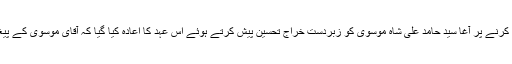
قرارداد میں 15 تا 25 شوال عشرہِ صادقِ آلِ محمد ؑ منانے کا اعلان کرنے پر آغا سید حامد علی شاہ موسوی کو زبردست خراجِ تحسین پیش کرتے ہوئے اس عہد کا اعادہ کیا گیا کہ آقای موسوی کے پیغام امن و اخوت کو عام کرنے کیلئے عملی جدوجہد جاری رہے گی۔